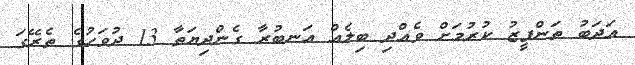
އަދަބު ތަންފީޒު ކުރުމަށް ވެއްދި ބިލެއް އަނބުރާ ގެންދިޔަތާ 13 ދުވަހުގެ ތެރޭގަ